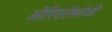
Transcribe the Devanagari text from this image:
ओरिएंटॉलॉजी